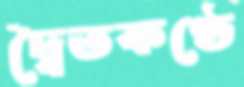
দ্বৈতকণ্ঠে